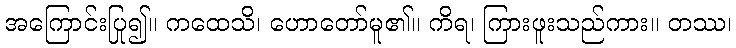
အကြောင်းပြု၍။ ကထေသိ၊ ဟောတော်မူ၏။ ကိရ၊ ကြားဖူးသည်ကား။ တဿ၊